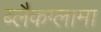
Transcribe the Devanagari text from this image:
ब्लैकग्लामा